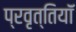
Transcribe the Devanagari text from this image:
प्रवृत्तियॉं